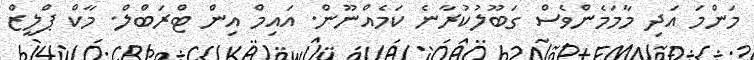
މަންމަ އަދި މާމަމެންވެސް ގަބޫލުކުރާނެ ކަމެއްނޫން. އައިމް އިން ޓްރަބްލް. މާކް ޕްލީޒް